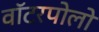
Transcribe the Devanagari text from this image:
वॉटरपोलो